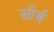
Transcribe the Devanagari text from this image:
सॉर्ब